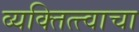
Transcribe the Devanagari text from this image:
व्यक्तित्त्वाचा